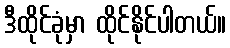
ဒီထိုင်ခုံမှာ ထိုင်နိုင်ပါတယ်။